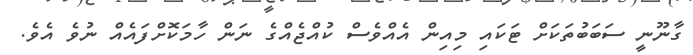
ގާނޫނީ ސަބަބުތަކަށް ޓަކައި މިއިން އެއްވެސް ކުއްޖެއްގެ ނަން ހާމަކޮށްފައެއް ނުވެ އެވެ.